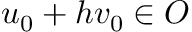
u _ { 0 } + h v _ { 0 } \in O